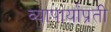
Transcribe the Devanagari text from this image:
व्यापार्यांप्रती